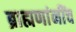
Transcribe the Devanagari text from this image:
ब्राह्मणांनींच